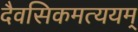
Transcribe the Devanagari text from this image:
दैवसिकमत्ययम्‌